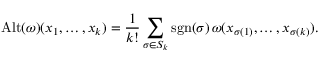
\operatorname { A l t } ( \omega ) ( x _ { 1 } , \ldots , x _ { k } ) = { \frac { 1 } { k ! } } \sum _ { \sigma \in S _ { k } } \operatorname { s g n } ( \sigma ) \, \omega ( x _ { \sigma ( 1 ) } , \ldots , x _ { \sigma ( k ) } ) .